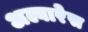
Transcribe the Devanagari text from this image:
अल्वारेस